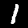
Label: 1